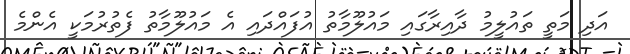
އަދި މަތީ ތައުލީމު ދާއިރާގައި މައުލޫމާތު އުފައްދައި އެ މައުލޫމާތު ފެތުރުމަކީ އެންމެ